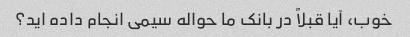
خوب، آیا قبلاً در بانک ما حواله سیمی انجام داده اید؟